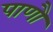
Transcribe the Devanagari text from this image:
पाणौ